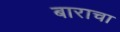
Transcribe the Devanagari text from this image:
बाराचा